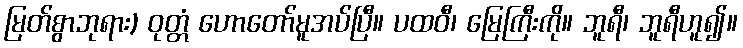
မြတ်စွာဘုရား) ဝုတ္တံ ဟောတော်မူအပ်ပြီ။ ပထဝီ၊ မြေကြီးကို။ ဘူရီ၊ ဘူရီဟူ၍။